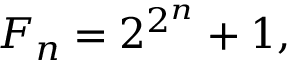
F _ { n } = 2 ^ { 2 ^ { n } } + 1 ,